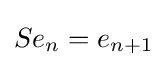
Se_{n}=e_{n+1}